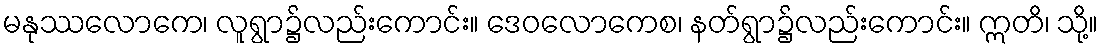
မနုဿလောကေ၊ လူရွာ၌လည်းကောင်း။ ဒေဝလောကေစ၊ နတ်ရွာ၌လည်းကောင်း။ ဣတိ၊ သို့။